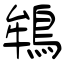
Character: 鴾